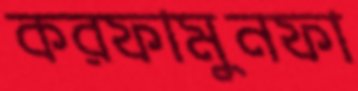
করফামুনফা